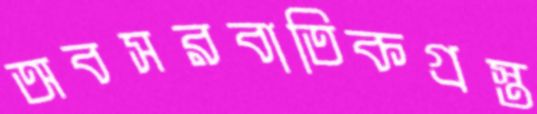
অবসরবাতিকগ্রস্ত